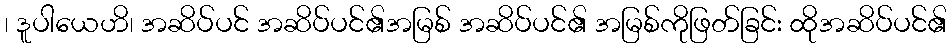
၊ ဒူပါယေဟိ၊ အဆိပ်ပင် အဆိပ်ပင်၏အမြစ် အဆိပ်ပင်၏ အမြစ်ကိုဖြတ်ခြင်း ထိုအဆိပ်ပင်၏